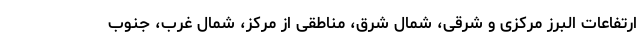
ارتفاعات البرز مرکزی و شرقی، شمال شرق، مناطقی از مرکز، شمال غرب، جنوب